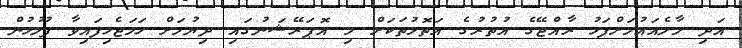
އަދި މާލެއައުމަށްފަހު ރާއްޖޭގެ އުތުރުގެ އަތޮޅުތަކަށް މި އޮޕަރޭޝަނުގައި ދިޔުމަށް ހަމަޖެހިފައިވާ ފުލުހުން